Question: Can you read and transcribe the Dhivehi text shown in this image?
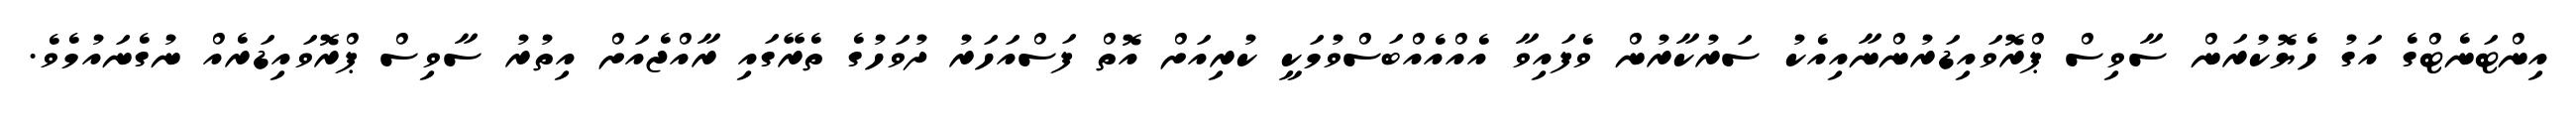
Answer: އިންޓަނެޓްގެ އަގު ހެޔޮކުރަން ސާވިސް ޕްރޮވައިޑަރުންނާއިއެކު ސަރުކާރުން ވެފައިވާ އެއްއެއްބަސްވުމަކީ ކުރިއަށް އޮތް ފަސްއަހަރު ދުވަހުގެ ތެރޭގައި ރާއްޖެއަށް އިތުރު ސާވިސް ޕްރޮވައިޑަރެއް ނުގެނައުމެވެ.